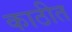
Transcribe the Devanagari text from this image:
काठीत